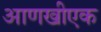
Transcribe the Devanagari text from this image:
आणखीएक